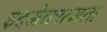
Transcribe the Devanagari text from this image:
इदमेकात्मता